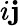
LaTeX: i\mathbf{j}